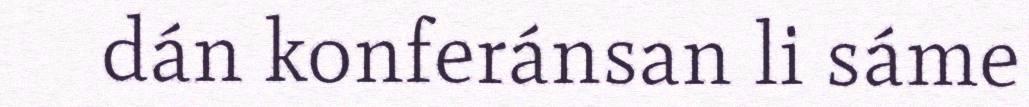
dán konferánsan li sáme